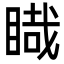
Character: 睵